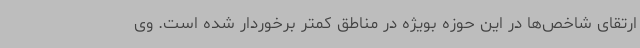
ارتقای شاخص‌ها در این حوزه بویژه در مناطق کمتر برخوردار شده است. وی